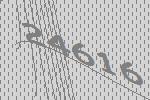
24616